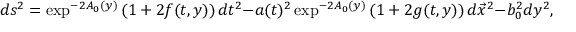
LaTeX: d s ^ { 2 } = \exp ^ { - 2 A _ { 0 } ( y ) } \left( 1 + 2 f ( t , y ) \right) d t ^ { 2 } - a ( t ) ^ { 2 } \exp ^ { - 2 A _ { 0 } ( y ) } \left( 1 + 2 g ( t , y ) \right) d \vec { x } ^ { 2 } - b _ { 0 } ^ { 2 } d y ^ { 2 } ,